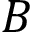
B